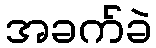
အခက်ခဲ